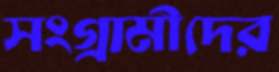
সংগ্রামীদের